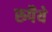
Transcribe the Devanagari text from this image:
रुपैये